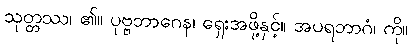
သုတ္တဿ၊ ၏။ ပုဗ္ဗဘာဂေန၊ ရှေးအဖို့နှင့်။ အပရဘာဂံ၊ ကို။